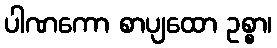
ပါဏကော စာပျထော ဥစ္စာ၊